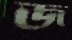
জ